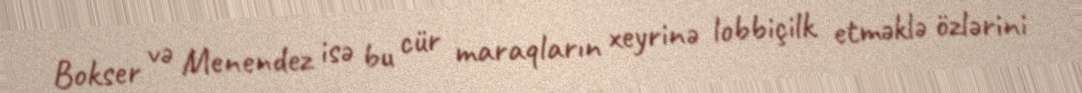
Bokser və Menendez isə bu cür maraqların xeyrinə lobbiçilk etməklə özlərini